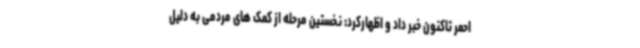
احمر تاکنون خبر داد و اظهارکرد: نخستین مرحله از کمک های مردمی به دلیل